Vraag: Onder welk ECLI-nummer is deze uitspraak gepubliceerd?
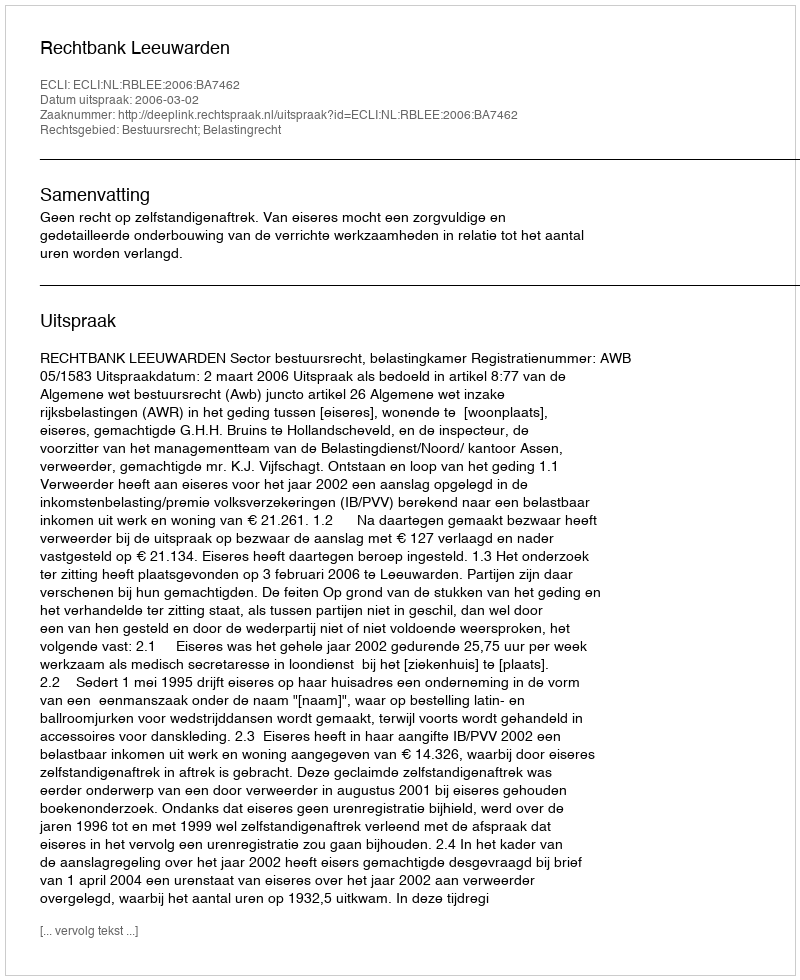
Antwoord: ECLI:NL:RBLEE:2006:BA7462